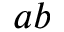
a b